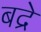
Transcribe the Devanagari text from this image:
बद्रे